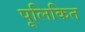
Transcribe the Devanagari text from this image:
पूलिकित